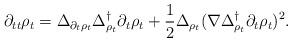
LaTeX: \begin{align*}\partial_{tt}\rho_t=\Delta_{\partial_t\rho_t}\Delta_{\rho_t}^{\dagger}\partial_t\rho_t+\frac{1}{2}\Delta_{\rho_t}(\nabla \Delta_{\rho_t}^{\dagger}\partial_t\rho_t)^2.\end{align*}